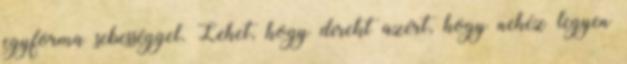
egyforma sebességgel. Lehet, hogy direkt azért, hogy nehéz legyen